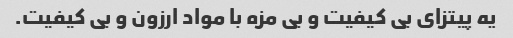
یه پیتزای بی کیفیت و بی مزه با مواد ارزون و بی کیفیت.